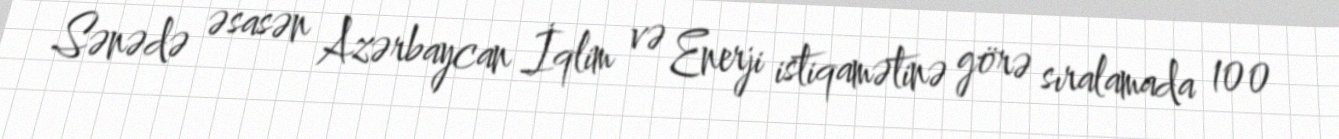
Sənədə əsasən Azərbaycan İqlim və Enerji istiqamətinə görə sıralamada 100